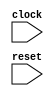
module Legalize(
  input   clock,
  input   reset
);
`ifdef RANDOMIZE_REG_INIT
  reg [31:0] _RAND_0;
`endif // RANDOMIZE_REG_INIT
  reg [15:0] count;
  wire [16:0] _GEN_0 = count != 16'h6 ? count + 16'h1 : {{1'd0}, count}; // @[]
  always @(posedge clock) begin
    if (reset) begin
      count <= 16'h0;
    end else begin
      count <= _GEN_0[15:0];
    end
    `ifndef SYNTHESIS
    `ifdef STOP_COND
      if (`STOP_COND) begin
    `endif
        if (~reset & count == 16'h6) begin
          $finish;
        end
    `ifdef STOP_COND
      end
    `endif
    `endif // SYNTHESIS
  end
// Register and memory initialization
`ifdef RANDOMIZE_GARBAGE_ASSIGN
`define RANDOMIZE
`endif
`ifdef RANDOMIZE_INVALID_ASSIGN
`define RANDOMIZE
`endif
`ifdef RANDOMIZE_REG_INIT
`define RANDOMIZE
`endif
`ifdef RANDOMIZE_MEM_INIT
`define RANDOMIZE
`endif
`ifndef RANDOM
`define RANDOM $random
`endif
`ifdef RANDOMIZE_MEM_INIT
  integer initvar;
`endif
`ifndef SYNTHESIS
`ifdef FIRRTL_BEFORE_INITIAL
`FIRRTL_BEFORE_INITIAL
`endif
initial begin
  `ifdef RANDOMIZE
    `ifdef INIT_RANDOM
      `INIT_RANDOM
    `endif
    `ifndef VERILATOR
      `ifdef RANDOMIZE_DELAY
        #`RANDOMIZE_DELAY begin end
      `else
        #0.002 begin end
      `endif
    `endif
`ifdef RANDOMIZE_REG_INIT
  _RAND_0 = {1{`RANDOM}};
  count = _RAND_0[15:0];
`endif // RANDOMIZE_REG_INIT
  `endif // RANDOMIZE
end // initial
`ifdef FIRRTL_AFTER_INITIAL
`FIRRTL_AFTER_INITIAL
`endif
`endif // SYNTHESIS
endmodule